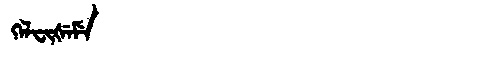
Manchu: ᡴᡝᠯᠸᡳᡧᡝᠮᡝ
Romanization: KELFIŠEME